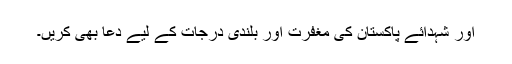
اور شہدائے پاکستان کی مغفرت اور بلندی درجات کے لیے دعا بھی کریں۔